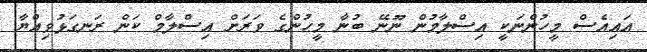
އައިއެސް މީހުންނަކީ އިސްލާމުން ނޫނޭ ބުނާ މީޙުންގެ ވަރަށް އިސްލާމް ކަން ރަނގަޅުވިއްޔާ